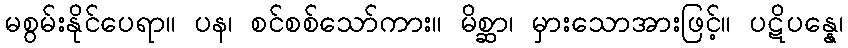
မစွမ်းနိုင်ပေရာ။ ပန၊ စင်စစ်သော်ကား။ မိစ္ဆာ၊ မှားသောအားဖြင့်။ ပဋိပန္နေ၊